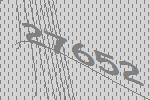
27652